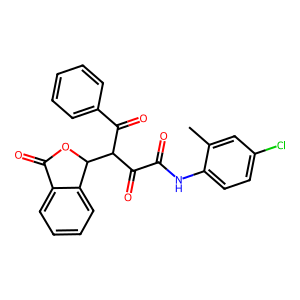
SMILES: Cc1cc(Cl)ccc1NC(=O)C(=O)C(C(=O)c1ccccc1)C1OC(=O)c2ccccc21
Inhibits HIV replication: No